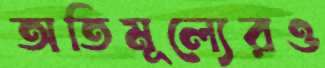
অতিমূল্যেরও